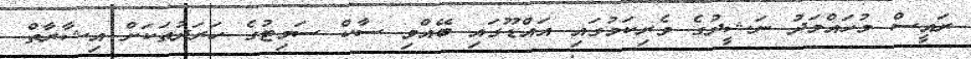
ރައީސް މުހައްމަދު ނަޝީދުގެ ވެރިކަމުގައި އައްޑޫގައި ބޭއްވި ސާކް ސަމިޓުގެ ހަރަދުތަކަށް އިޝާރާތް